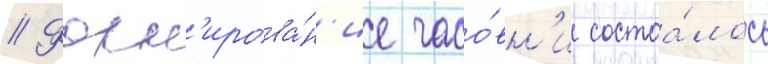
// Форм'ирова́н'ие часо́вн'и состоа́лось